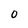
Character: 0